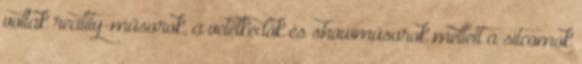
voltak reality-műsorok, a vetélkedők és showműsorok mellett a sitcomok